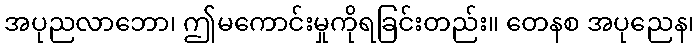
အပုညလာဘော၊ ဤမကောင်းမှုကိုရခြင်းတည်း။ တေနစ အပုညေန၊